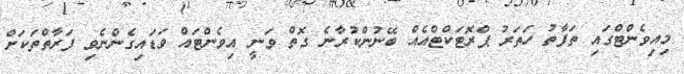
މިއިވެންޓްގައި ތަފާތު ހަތަރު ޕްރޮޓަކްޓްއެއް ބޭނުންކުރާނެ ގޮތް ވަނީ އިވެންޓައް ވަޑައިގެންނެވި ފަރާތްތަކަށް